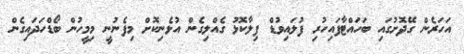
އަހަރެން ގޭދޮށުގައި ބަހައްޓާފައިހުރި ފުލައިވުޑް ފިލާކޮޅު ގެއްލިގެން އުޅެނިކޮށް މިފެނުނީ މިމީހުން ބޯޑްހަދައިގެން